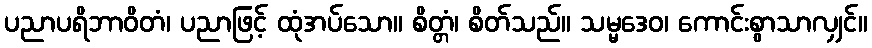
ပညာပရိဘာဝိတံ၊ ပညာဖြင့် ထုံအပ်သော။ စိတ္တံ၊ စိတ်သည်။ သမ္မဒေဝ၊ ကောင်းစွာသာလျှင်။